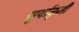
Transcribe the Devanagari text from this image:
सूर्याकृती